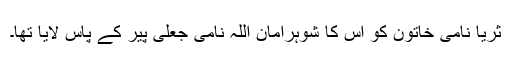
ثریا نامی خاتون کو اس کا شوہرامان اللہ نامی جعلی پیر کے پاس لایا تھا۔